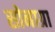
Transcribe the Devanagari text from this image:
सोनाग्रा